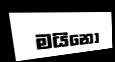
මයිනෝ